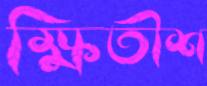
ক্ষিতীশ